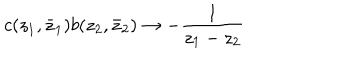
c ( z _ { 1 } , \bar { z } _ { 1 } ) b ( z _ { 2 } , \bar { z } _ { 2 } ) \rightarrow - \frac { 1 } { z _ { 1 } - z _ { 2 } }